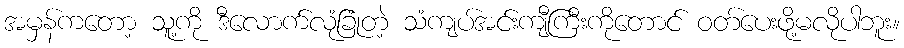
အမှန်ကတော့ သူ့ကို ဒီလောက်လုံခြုံတဲ့ သံကျပ်အင်းကျီကြီးကိုတောင် ဝတ်ပေးဖို့မလိုပါဘူး။